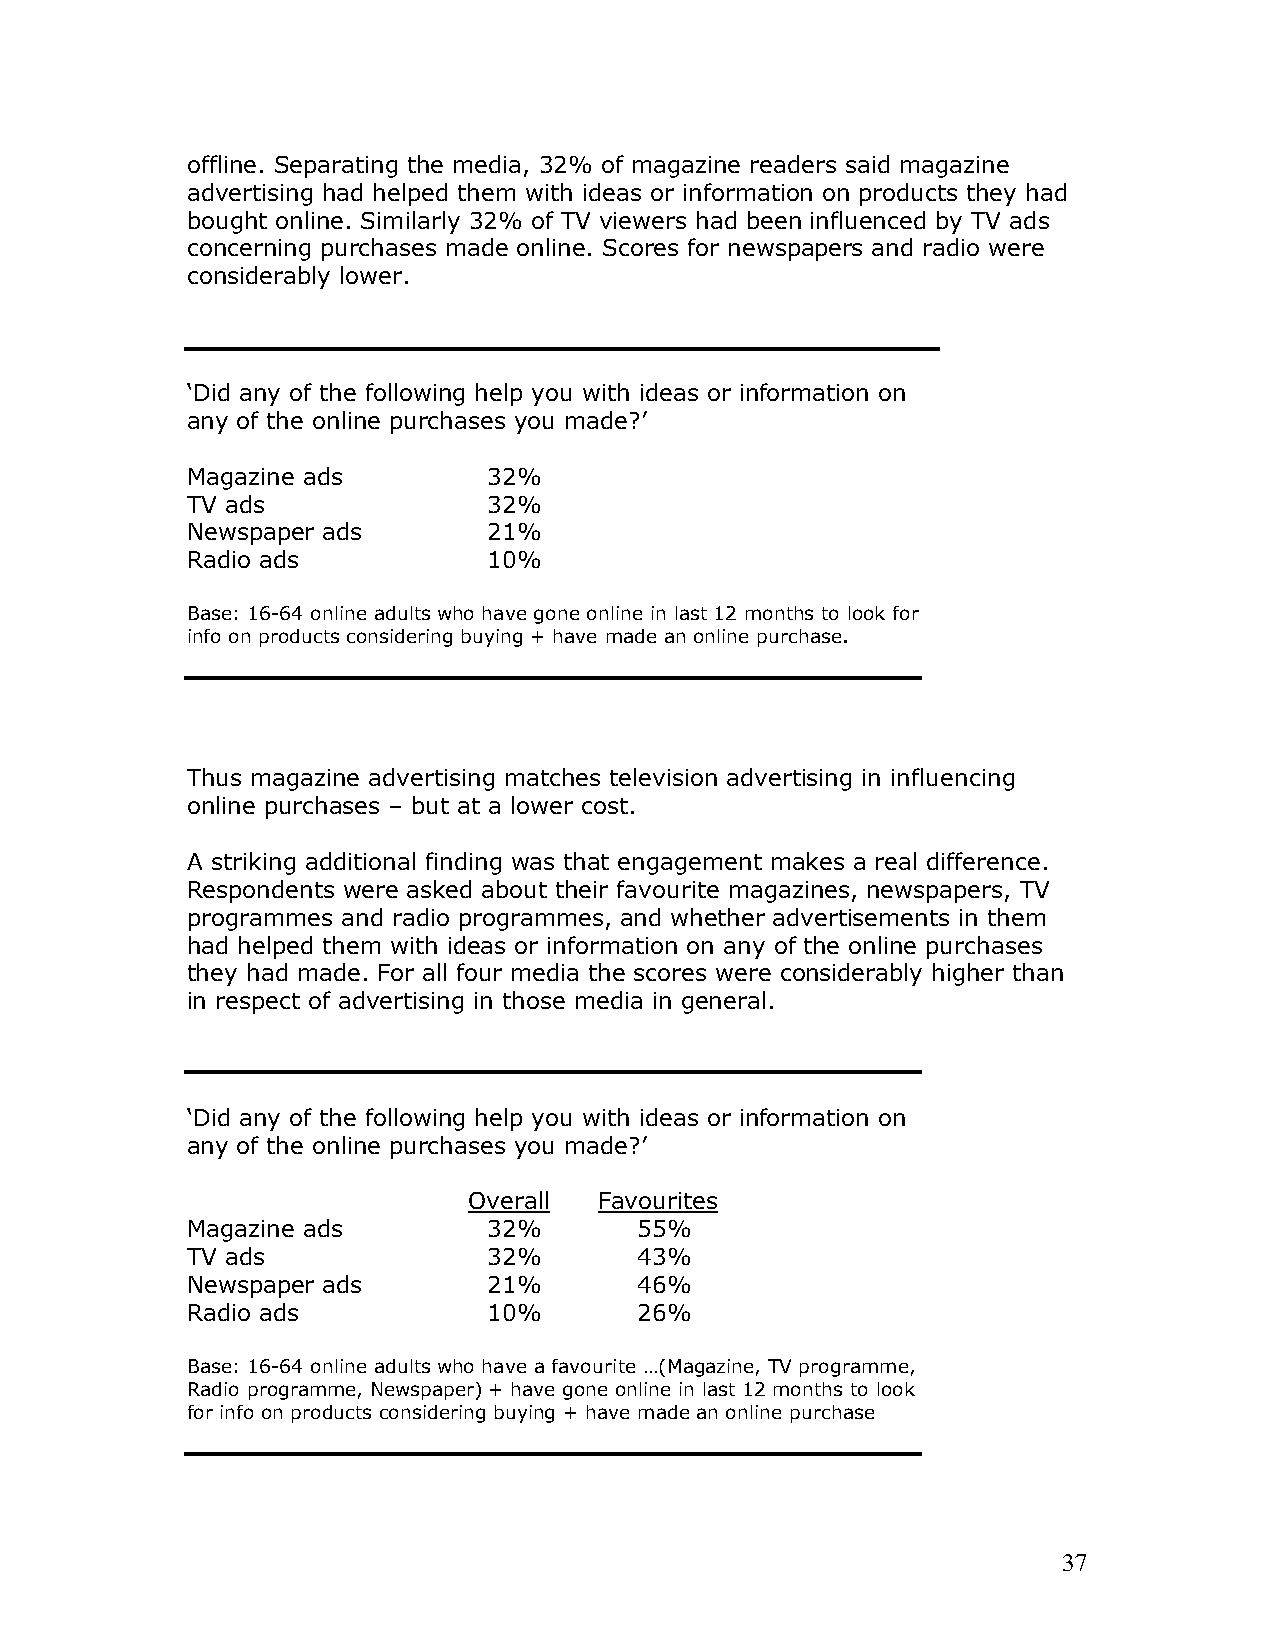
offline. Separating the media, 32% of magazine readers said magazine
 advertising had helped them with ideas or information on products they had
 bought online. Similarly 32% of TV viewers had been influenced by TV ads
 concerning purchases made online. Scores for newspapers and radio were
 considerably lower.
 ‘Did any of the following help you with ideas or information on
 any of the online purchases you made?’
 Magazine ads        32%
 TV ads              32%
 Newspaper ads       21%
 Radio ads           10%
 Base: 16-64 online adults who have gone online in last 12 months to look for
 info on products considering buying + have made an online purchase.
 Thus magazine advertising matches television advertising in influencing
 online purchases – but at a lower cost.
 A striking additional finding was that engagement makes a real difference.
 Respondents were asked about their favourite magazines, newspapers, TV
 programmes and radio programmes, and whether advertisements in them
 had helped them with ideas or information on any of the online purchases
 they had made. For all four media the scores were considerably higher than
 in respect of advertising in those media in general.
 ‘Did any of the following help you with ideas or information on
 any of the online purchases you made?’
 Overall  Favourites
 Magazine ads        32%       55%
 TV ads              32%       43%
 Newspaper ads       21%       46%
 Radio ads           10%       26%
 Base: 16-64 online adults who have a favourite …(Magazine, TV programme,
 Radio programme, Newspaper) + have gone online in last 12 months to look
 for info on products considering buying + have made an online purchase
 37